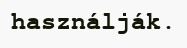
használják.